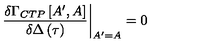
\frac { \delta \Gamma _ { C T P } \left[ A ^ { \prime } , A \right] } { \delta \Delta \left( \tau \right) } \bigg | _ { A ^ { \prime } = A } = 0